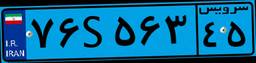
۷۶S۵۶۳۴۵